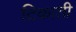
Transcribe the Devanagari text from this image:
टिकाती